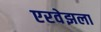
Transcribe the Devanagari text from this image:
एरवेझला